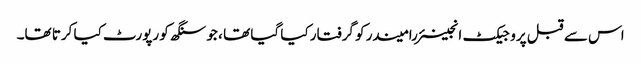
اس سے قبل پروجیکٹ انجینئر رامیندر کو گرفتار کیا گیا تھا ، جو سنگھ کو رپورٹ کیا کرتا تھا۔